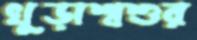
খুড়াশ্বশুর